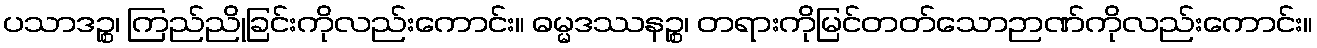
ပသာဒဉ္စ၊ ကြည်ညိုခြင်းကိုလည်းကောင်း။ ဓမ္မဒဿနဉ္စ၊ တရားကိုမြင်တတ်သောဉာဏ်ကိုလည်းကောင်း။